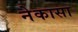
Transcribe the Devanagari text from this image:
नेकासा